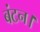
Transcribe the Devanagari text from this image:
बंटन।